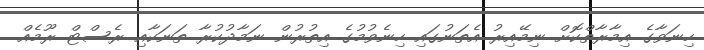
ހިނަވާގެ އިމާރާތްކޮށް ނިމޭއިރު އެތަނުގައި ހިނެވުމުގެ އިތުރުން ނަމާދުކުރާ ތަނަކާއި ރެސްޓް ރޫމެއް